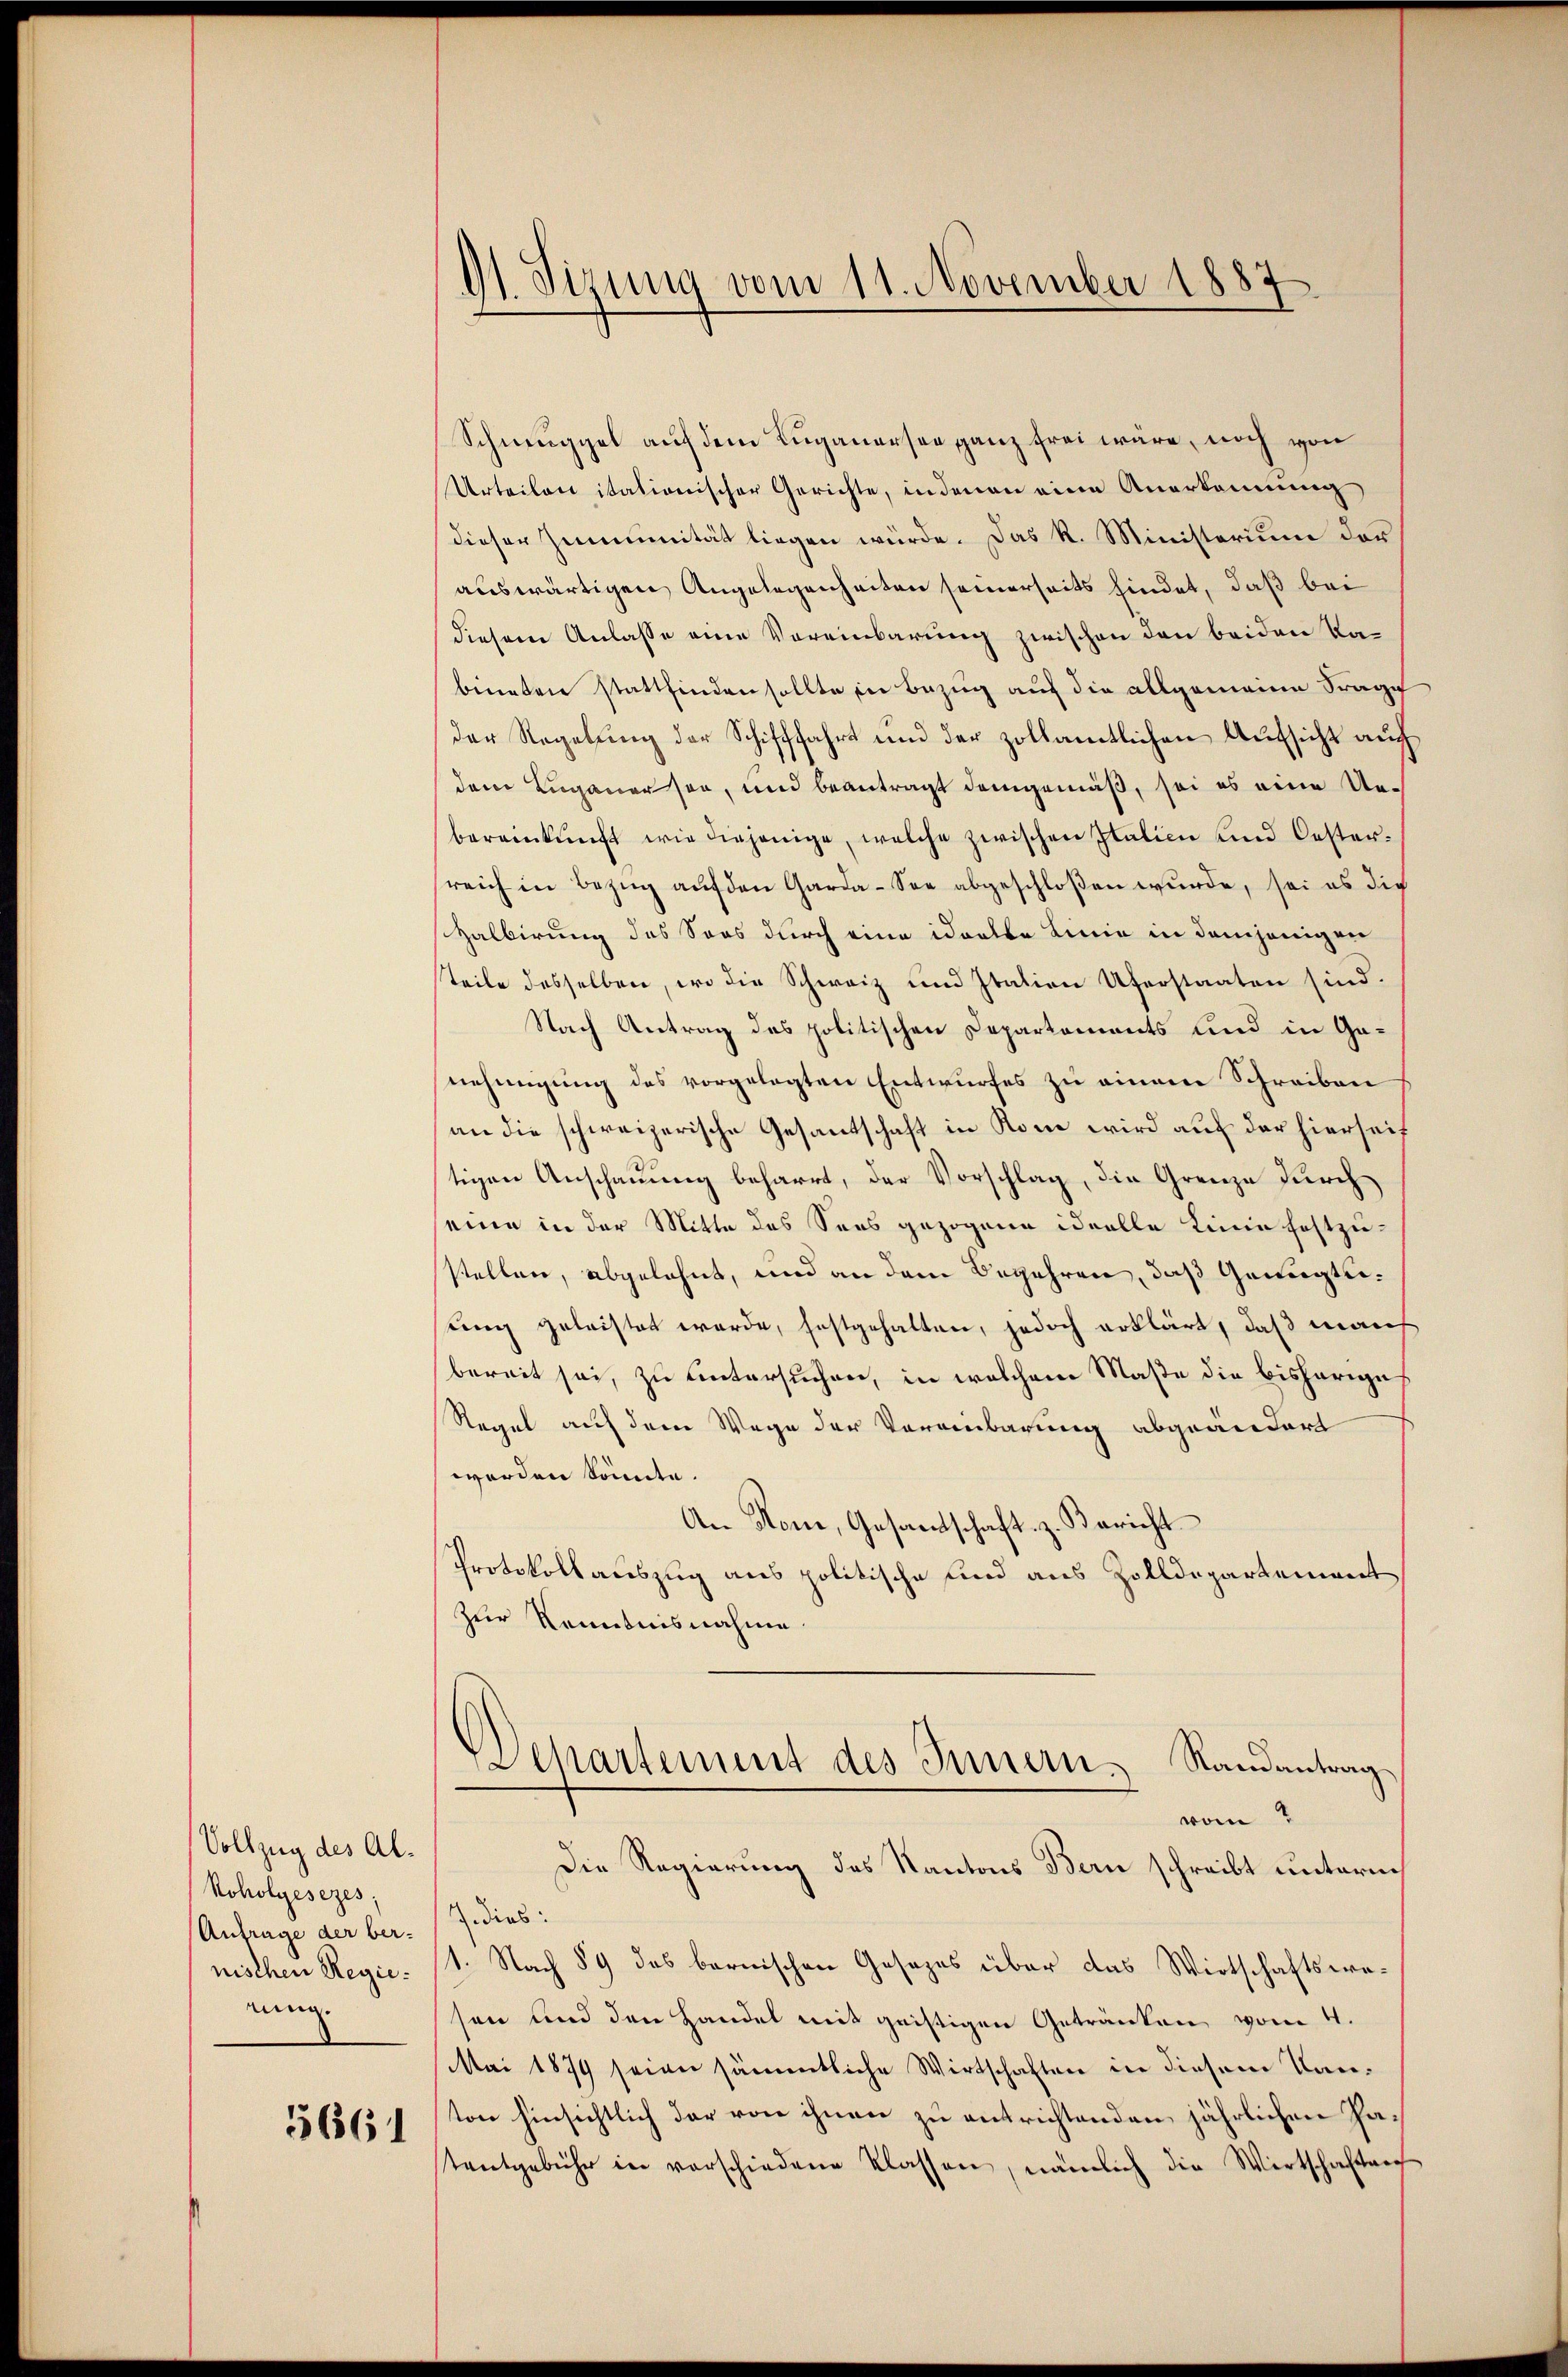
Vollzug des Al¬
Koholgesezes;
Anfrage der ber-
nischen Regieeinnig

3661

9). Sizung vom 11. November 1887

Schmuggel auf dem Luganersee ganz frei wäre, noch von
Urteilen itationischer Gerichte, indenen eine Anerkennung
dieser Zimmunität liegen würde. Das k. Ministerium der
auswärtigen Angelegenheiten seinerseits findet, daß bei
diesem Anlasse eine Vereinbarung zwischen den beiden Kabineten stattfinden sollte in Bezug auf die allgemeine Frage
der Regelung der Schifffahrt und der zollamtlichen Aufsicht auch
dem Luganersen, und beantragt demgemäß, sei es eine Uebereinkunft wie diejenige, welche zwischen Italien und Oesterreich in Bezug auf den Garda-See abgeschloßen wurde, sei es die
Halbirung des Soos durch eine idoalte Linie in demjenigen
steile desselben, wo die Schweiz und Italien Uferstaaten sind.
Nach Antrag des politischen Departements und in Ganehmigung des vorgelegten Entwurfes zu einem Schreiben
an die schweizerische Gesantschaft in Rom wird auf der hierseit
tigen Anschauung beharrt, der Vorschlag, die Grenze durch
seine in der Mitte des Sees gezogene ideelle Linie festzustellen, abgelehnt, und an dem Begehren, daß Genügteung geleistet werde, festgehalten, jedoch erklärt, daß man
bereit sei, zu untersuchen, in welchem Maße die bisherige
Regel auf dem Wege der Vereinbarung abgeändert
worden könnte.
An Rom, Gesandtschaft z. Bericht
Protokollauszug aus politische sind aus Zolldepartement
zur Kenntnisnahme.
Departement des Innern, Randantrag
vom 2
Die Regierung des Kantons Bern schreibt unterm
dias:
1. Nach § 9 des bernischen Gesezes über das Wirtschaftswesen und den Handel mit geistigen Getränken vom 4.
Mai 1879 seien sämmtliche Wirtschaften in diesem Kanton hinsichtlich der von ihnen zu entrichtenden jährlichen Patentgebühr in verschiedene Klassen, nämlich die Wirtschaften